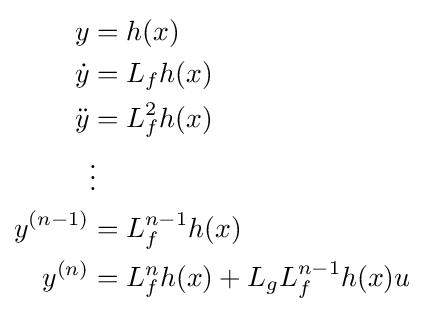
{\begin{aligned}y&=h(x)\\{\dot {y}}&=L_{f}h(x)\\{\ddot {y}}&=L_{f}^{2}h(x)\\&\vdots \\y^{(n-1)}&=L_{f}^{n-1}h(x)\\y^{(n)}&=L_{f}^{n}h(x)+L_{g}L_{f}^{n-1}h(x)u\end{aligned}}